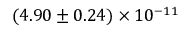
( 4 . 9 0 \pm 0 . 2 4 ) \times 1 0 ^ { - 1 1 }